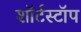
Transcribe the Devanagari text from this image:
शॉर्टस्टॉप